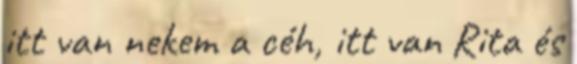
itt van nekem a céh, itt van Rita és